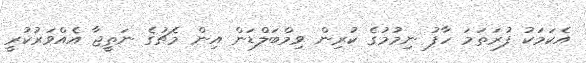
އެކަމަކު ފުރަތަމަ ހާފު ނިމުމުގެ ކުރިން ވިމްބަލްޑަން އިން މެޗުގެ ނަތީޖާ އެއްވަރުކުރީ